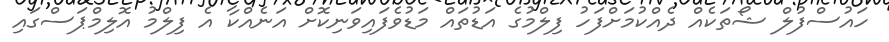
ހައުސްފުލް ޝޯތަކެއް ދެއްކުމަށްފަހު ފިލްމުގެ އަޑުތައް މަޑުވެފައިވަނިކޮށް އަނެއްކާ އެ ފިލްމު އޮލިމްޕަސްގައި